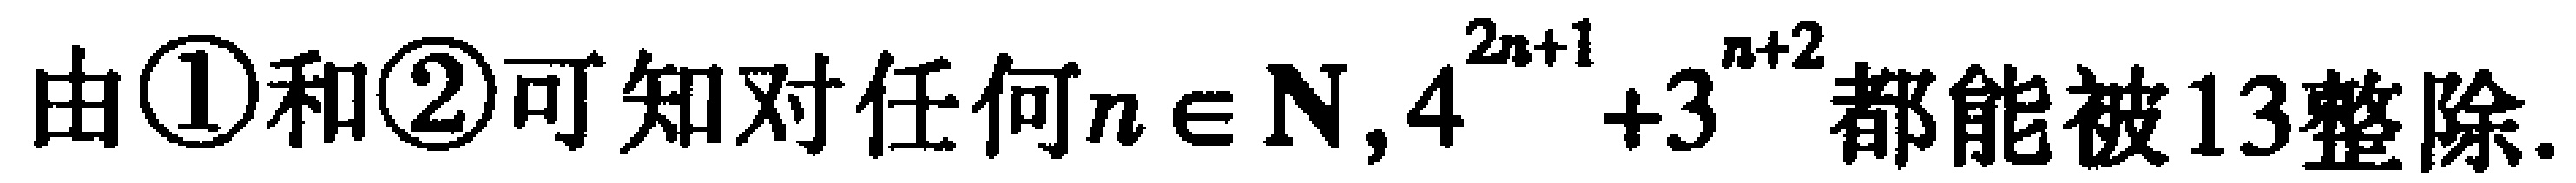
由\textcircled{1}和\textcircled{2}可知对任何$n\in \mathbf{N},4^{2n + 1}+3^{n + 2}$都能被$13整除.$